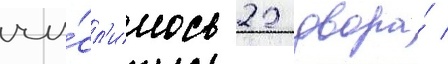
чи́сл'илось 22 двора́ /